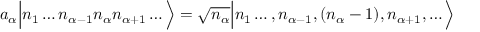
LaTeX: a _ { \alpha } { \Big | } n _ { 1 } \ldots n _ { \alpha - 1 } n _ { \alpha } n _ { \alpha + 1 } \ldots { \Big \rangle } = { \sqrt { n _ { \alpha } } } { \Big | } n _ { 1 } \ldots , n _ { \alpha - 1 } , ( n _ { \alpha } - 1 ) , n _ { \alpha + 1 } , \ldots { \Big \rangle }